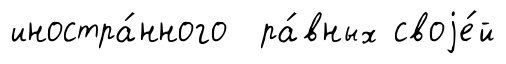
иностра́нного ра́вных своjе́й